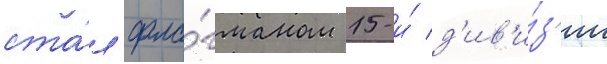
ста́л фла́гманом 15-и́ д'ив'и́з'ии